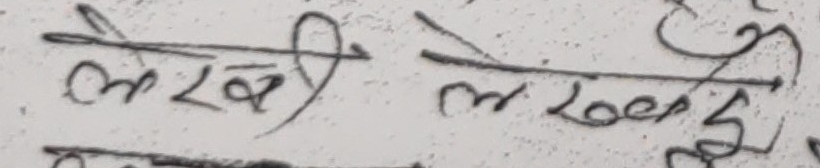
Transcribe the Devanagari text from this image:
लेखी लखोस